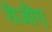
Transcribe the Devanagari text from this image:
रीजीए